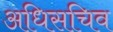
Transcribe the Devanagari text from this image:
अधिसचिव